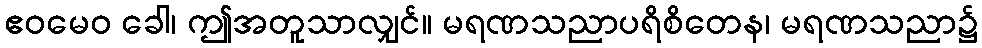
ဧဝမေဝ ခေါ၊ ဤအတူသာလျှင်။ မရဏသညာပရိစိတေန၊ မရဏသညာ၌